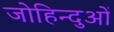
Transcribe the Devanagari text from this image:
जोहिन्दुओं